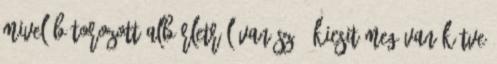
Mivel bútorozott albérletről van szó, kicsit meg van kötve